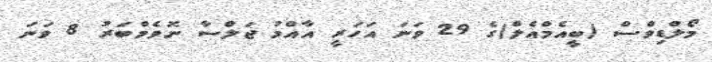
މޯލްޑިވްސް (ބީއެމްއެލް)ގެ 29 ވަނަ އަހަރީ އާއްމު ޖަލްސާ ނޮވެމްބަރު 8 ވަނަ